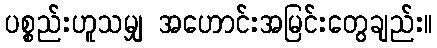
ပစ္စည်းဟူသမျှ အဟောင်းအမြင်းတွေချည်း။